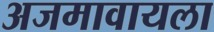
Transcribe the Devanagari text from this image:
अजमावायला